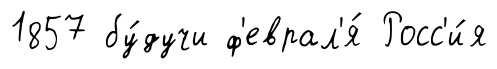
1857 бу́дучи ф'еврал'я́ Росс'и́я